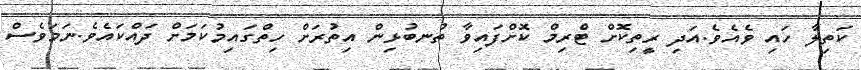
ކަތިލާ ހައި ވެއެވެ.އަދި ރީތިކޮށް ޓްރިމް ކޮށްފައިވާ ތުނބުޅިން އިތުރަށް ހިތްގައިމުކަމަށް ދައްކައެވެ.ނަމަވެސް